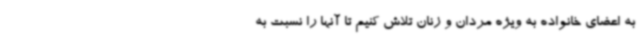
به اعضای خانواده به ویژه مردان و زنان تلاش کنیم تا آنها را نسبت به